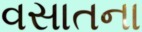
વસાતના